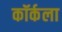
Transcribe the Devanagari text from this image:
कॉर्कला